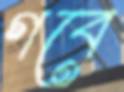
গবে